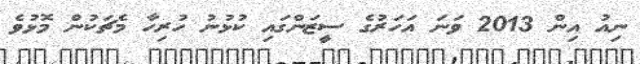
ނިއު އިން 2013 ވަނަ އަހަރުގެ ސީޒަންގައި ކުޅުނު ހުރިހާ މެޗަކުން މޮޅުވެ